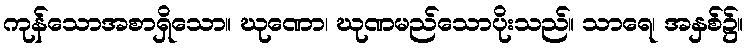
ကုန်သောအစာရှိသော။ ဃုဏော၊ ဃုဏမည်သောပိုးသည်။ သာရေ၊ အနှစ်၌။